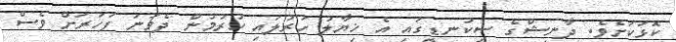
ކޮޅަކަށެވެ. ދާނިޝްގެ ސިކުނޑީީގައި އެ ޚިޔާލު ހަރުލައި ހުރުމުން ދެވަނަ ފަހަރަށް ވެސް